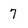
Character: 7